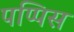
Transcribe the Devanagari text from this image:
पप्पिस